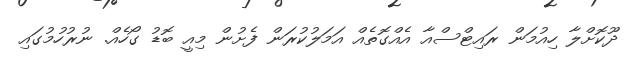
ދޫކޮށްލާ ހިއުމަން ރައިޓްސްއާ އެއްގޮތެއް އަމަލުކުރަން ފެށުން މިއީ ބޮޑު ގޯހެއް. ނުރުހުމުގައި